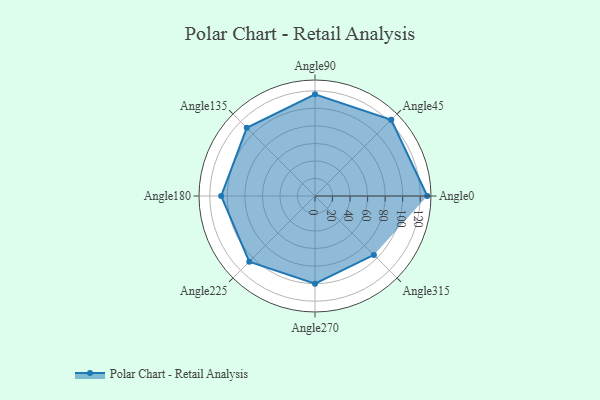
{"axis": {"x": "Angle", "y": "Radius"}, "legend": [""], "data": [{"x": "Angle0", "y": 128.0, "type": ""}, {"x": "Angle45", "y": 123.0, "type": ""}, {"x": "Angle90", "y": 116.0, "type": ""}, {"x": "Angle135", "y": 110.0, "type": ""}, {"x": "Angle180", "y": 107.0, "type": ""}, {"x": "Angle225", "y": 106.0, "type": ""}, {"x": "Angle270", "y": 100.0, "type": ""}, {"x": "Angle315", "y": 95.0, "type": ""}]}